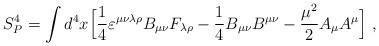
LaTeX: \begin{align*}S_{P}^4 = \int d^4x\Bigl[{1 \over 4}\varepsilon^{\mu\nu\lambda\rho}B_{\mu\nu}F_{\lambda\rho} -{1 \over 4}B_{\mu\nu}B^{\mu\nu}-{\mu^2 \over 2}A_{\mu}A^{\mu}\Bigl]\;,\end{align*}